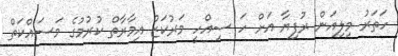
ހަތަރު މިލިއަން ރުފިޔާ އަށް ހަ ސިއްހީ މަރުކަޒު އިމާރާތް ކުރުމުގެ މަސައްކަތް